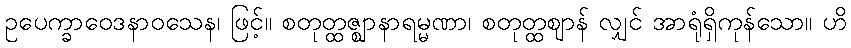
ဥပေက္ခာဝေဒနာဝသေန၊ ဖြင့်။ စတုတ္ထဇ္ဈာနာရမ္မဏာ၊ စတုတ္ထဈာန် လျှင် အာရုံရှိကုန်သော။ ဟိ